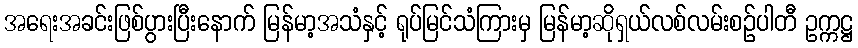
အရေးအခင်းဖြစ်ပွားပြီးနောက် မြန်မာ့အသံနှင့် ရုပ်မြင်သံကြားမှ မြန်မာ့ဆိုရှယ်လစ်လမ်းစဉ်ပါတီ ဥက္ကဋ္ဌ